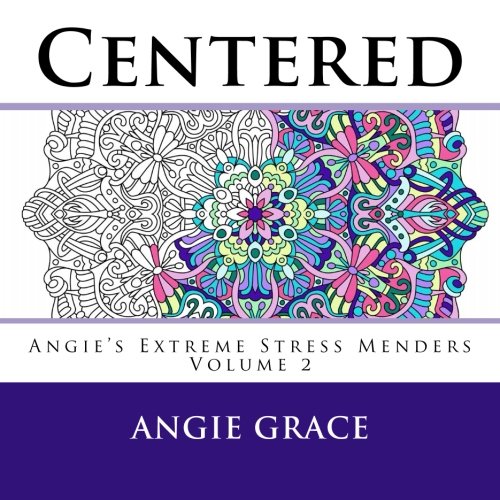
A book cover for Centered (Angie's Extreme Stress Menders Volume 2); Angie Grace; Humor & Entertainment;